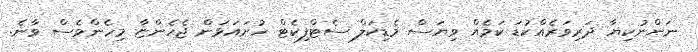
ނަންނުކިޔާ ދަރިވަރެއްކުޑަ ކަމެއް ވިޔަސް މެޑިކަލް ސެޓްފިކެޓް ހުށައަޅަން ޖެހެންޏާ މިހެންވެސް ވާނެ.